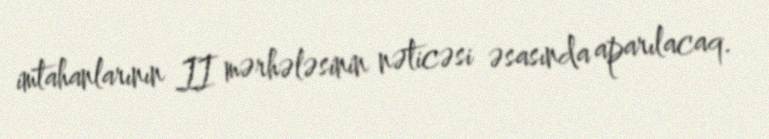
imtahanlarının II mərhələsinin nəticəsi əsasında aparılacaq.